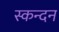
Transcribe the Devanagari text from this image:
स्कन्दन